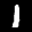
Label: 1